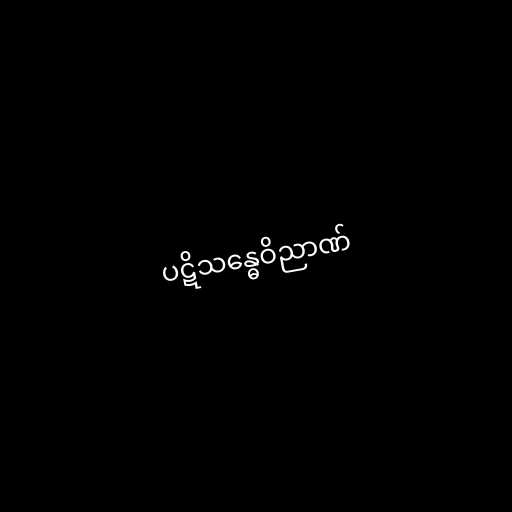
ပဋိသန္ဓေဝိညာဏ်